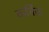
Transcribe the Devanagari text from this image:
कर्बिस